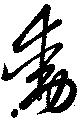
動